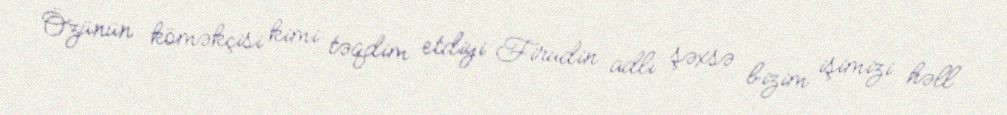
Özünün köməkçisi kimi təqdim etdiyi Firudin adlı şəxsə bizim işimizi həll